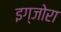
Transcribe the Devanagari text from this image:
इग्जोरा